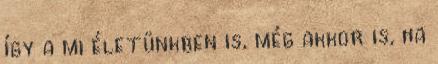
így a mi életünkben is, még akkor is, ha